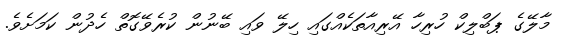
މާލޭގެ ޕަބްލިކް ހުރިހާ އޭރިއާތަކެއްގައި ހިލޭ ވައި ބޭނުން ކުރެވޭގޮތް ހެދުން ކަމަށެވެ.